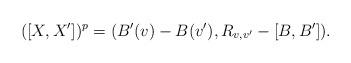
LaTeX: \begin{align*} ([X,X'])^p = (B'(v)-B(v'), R_{v, v'} - [B,B']).\end{align*}